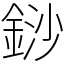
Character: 䤬